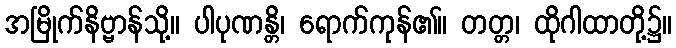
အမြိုက်နိဗ္ဗာန်သို့။ ပါပုဏန္တိ၊ ရောက်ကုန်၏။ တတ္တ၊ ထိုဂါထာတို့၌။